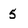
Character: 5